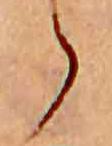
ら